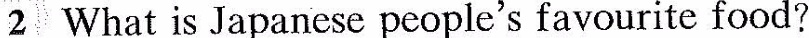
2 What is Japanese people's favourite food?